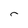
Character: r